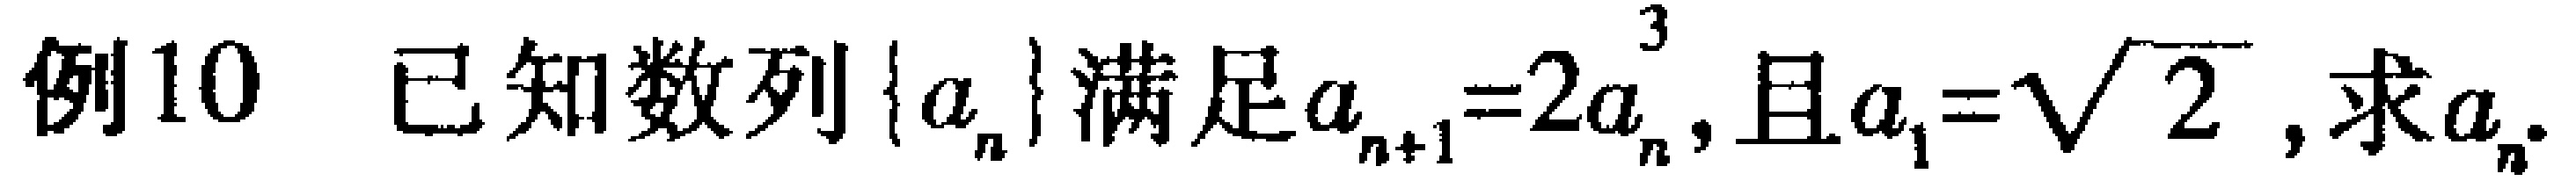
例10 已知数列\(\{a_{n}\}\)满足\(a_{n + 1} = 2a_{n}^{3}\), 且\(a_{1} = \sqrt{2}\), 求\(a_{n}\).